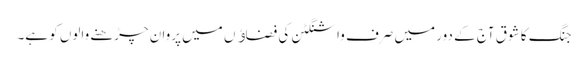
جنگ کا شوق آج کے دور میں صرف واشنگٹن کی فضاﺅں میں پروان چڑھنے والوں کو ہے۔